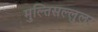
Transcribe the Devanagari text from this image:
मुल्तिसल्लुलर